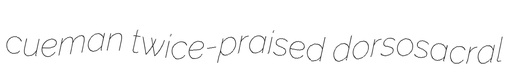
cueman twice-praised dorsosacral